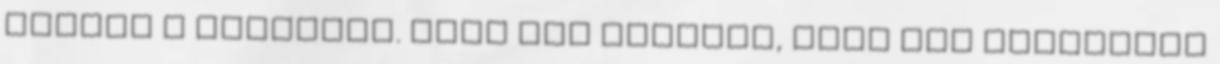
jönnek a kérdések. Csak nem mindegy, hogy mit kérdezünk